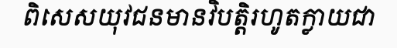
ពិសេសយុវជនមានវិបត្តិរហូតក្លាយជា